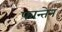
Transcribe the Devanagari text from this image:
फान्तेन